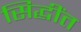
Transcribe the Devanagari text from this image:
सिद्धींत